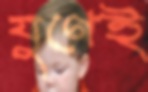
যুগেই